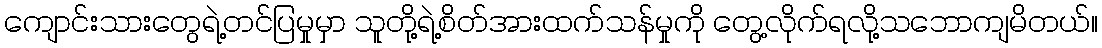
ကျောင်းသားတွေရဲ့တင်ပြမှုမှာ သူတို့ရဲ့စိတ်အားထက်သန်မှုကို တွေ့လိုက်ရလို့သဘောကျမိတယ်။